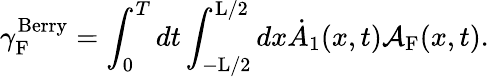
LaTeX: {\gamma}_{\mathrm{F}}^{\mathrm{Berry}}=\int_{0}^{T}dt\int_{-\mathrm{L}/2}^{\mathrm{L}/2}dx\dot{A}_{1}(x,t){\cal A}_{\mathrm{F}}(x,t).